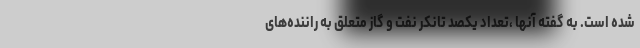
شده است. به گفته آنها ،تعداد یکصد تانکر نفت و گاز متعلق به راننده‌های